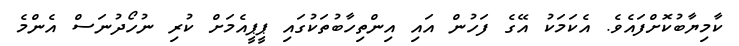
ކާމިޔާބުކޮށްފައެވެ. އެކަމަކު އޭގެ ފަހުން އައި އިންތިހާބުތަކުގައި ޕީޕީއެމަށް ކުރި ނުހޯދުނަސް އެންމެ